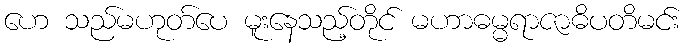
ဟေ သည်မဟုတ်ပေ မူးနေသည့်တိုင် မဟာဓမ္မရာဇာဓိပတိမင်း